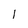
Character: 1